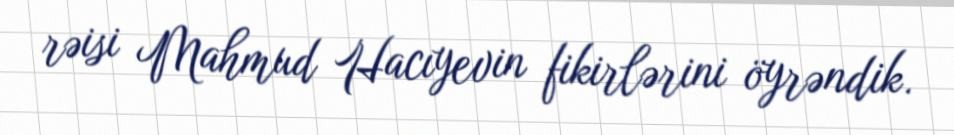
rəisi Mahmud Hacıyevin fikirlərini öyrəndik.